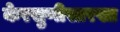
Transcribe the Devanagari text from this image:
केरसुणीसारखा